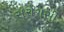
સરોગસી